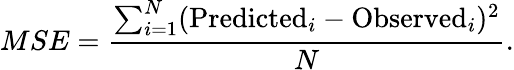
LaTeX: MSE=\frac{\sum_{i=1}^{N}(\mathrm{Predicted}_{i}-\mathrm{Observed}_{i})^{2}}{N}.